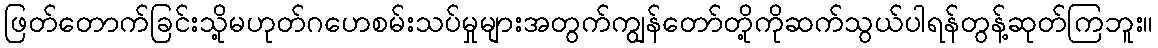
ဖြတ်တောက်ခြင်းသို့မဟုတ်ဂဟေစမ်းသပ်မှုများအတွက်ကျွန်တော်တို့ကိုဆက်သွယ်ပါရန်တွန့်ဆုတ်ကြဘူး။